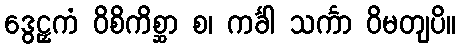
ဒွေဠှကံ ဝိစိကိစ္ဆာ စ၊ ကင်္ခါ သင်္ကာ ဝိမတျပိ။